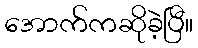
အောက်ကဆိုခဲ့ပြီ။